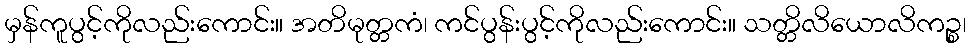
မှန်ကူပွင့်ကိုလည်းကောင်း။ အတိမုတ္တကံ၊ ကင်ပွန်းပွင့်ကိုလည်းကောင်း။ သတ္တိလိယောလိကဉ္စ၊